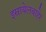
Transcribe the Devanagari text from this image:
इस्रायेलबाहेर